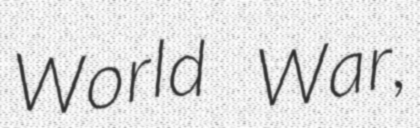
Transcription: World War,